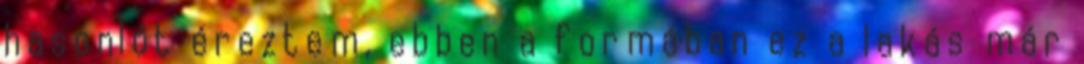
hasonlót éreztem, ebben a formában ez a lakás már